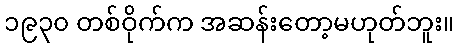
၁၉၃၀ တစ်ဝိုက်က အဆန်းတော့မဟုတ်ဘူး။